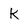
Character: K